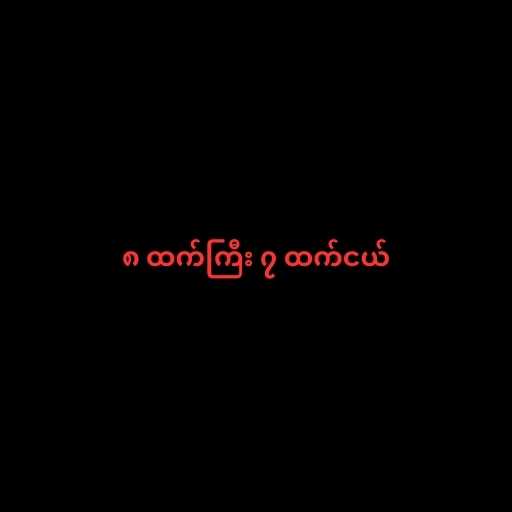
၈ ထက်ကြီး ၇ ထက်ငယ်